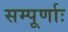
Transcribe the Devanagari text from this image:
सम्पूर्णाः